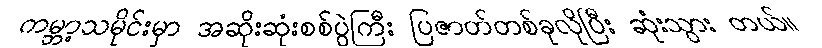
ကမ္ဘာ့သမိုင်းမှာ အဆိုးဆုံးစစ်ပွဲကြီး ပြဇာတ်တစ်ခုလိုပြီး ဆုံးသွား တယ်။